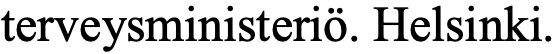
terveysministeriö. Helsinki.